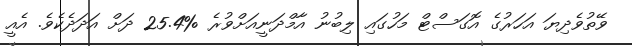
ވޭތުވެދިޔަ އަހަރުގެ އޮގަސްޓް މަހުގައި ލިބުނު އާމްދަނީއަށްވުރެ %25.4 ދަށް އަދަދެކެވެ. އެެއީ